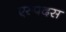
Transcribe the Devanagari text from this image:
एस्पदस